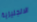
الانجليزية